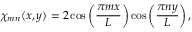
\chi _ { m n } ( x , y ) = 2 \cos \left( \frac { \pi m x } { L } \right) \cos \left( \frac { \pi n y } { L } \right) ,